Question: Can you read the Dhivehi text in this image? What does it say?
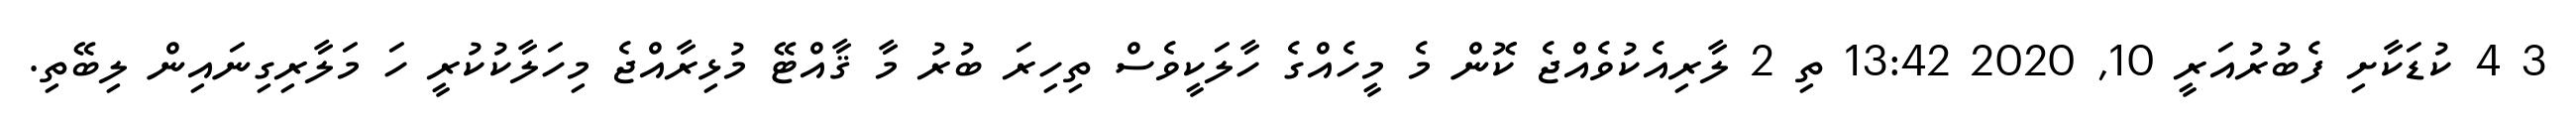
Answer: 3 4 ކުޑަކާށި ފެބުރުއަރީ 10, 2020 13:42 ތި 2 ލާރިއެކުވެއްޖެ ކޮން މެ މީހެއްގެ ހާލަކީވެސް ތިހިރަ ބުރު މާ ޤާއްޓޭ މުޅިރާއްޖެ މިހަލާކުކުރީ ހަ މަލާރިގިނައިން ލިބޭތި.